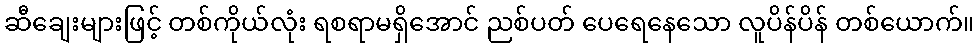
ဆီချေးများဖြင့် တစ်ကိုယ်လုံး ရစရာမရှိအောင် ညစ်ပတ် ပေရေနေသော လူပိန်ပိန် တစ်ယောက်။